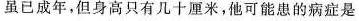
虽已成年，但身高只有几十厘米，他可能患的病症是